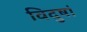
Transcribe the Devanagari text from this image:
विदुषां